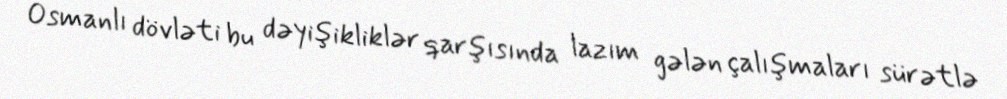
Osmanlı dövləti bu dəyişikliklər qarşısında lazım gələn çalışmaları sürətlə